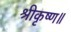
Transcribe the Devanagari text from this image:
श्रीकृष्ण॥